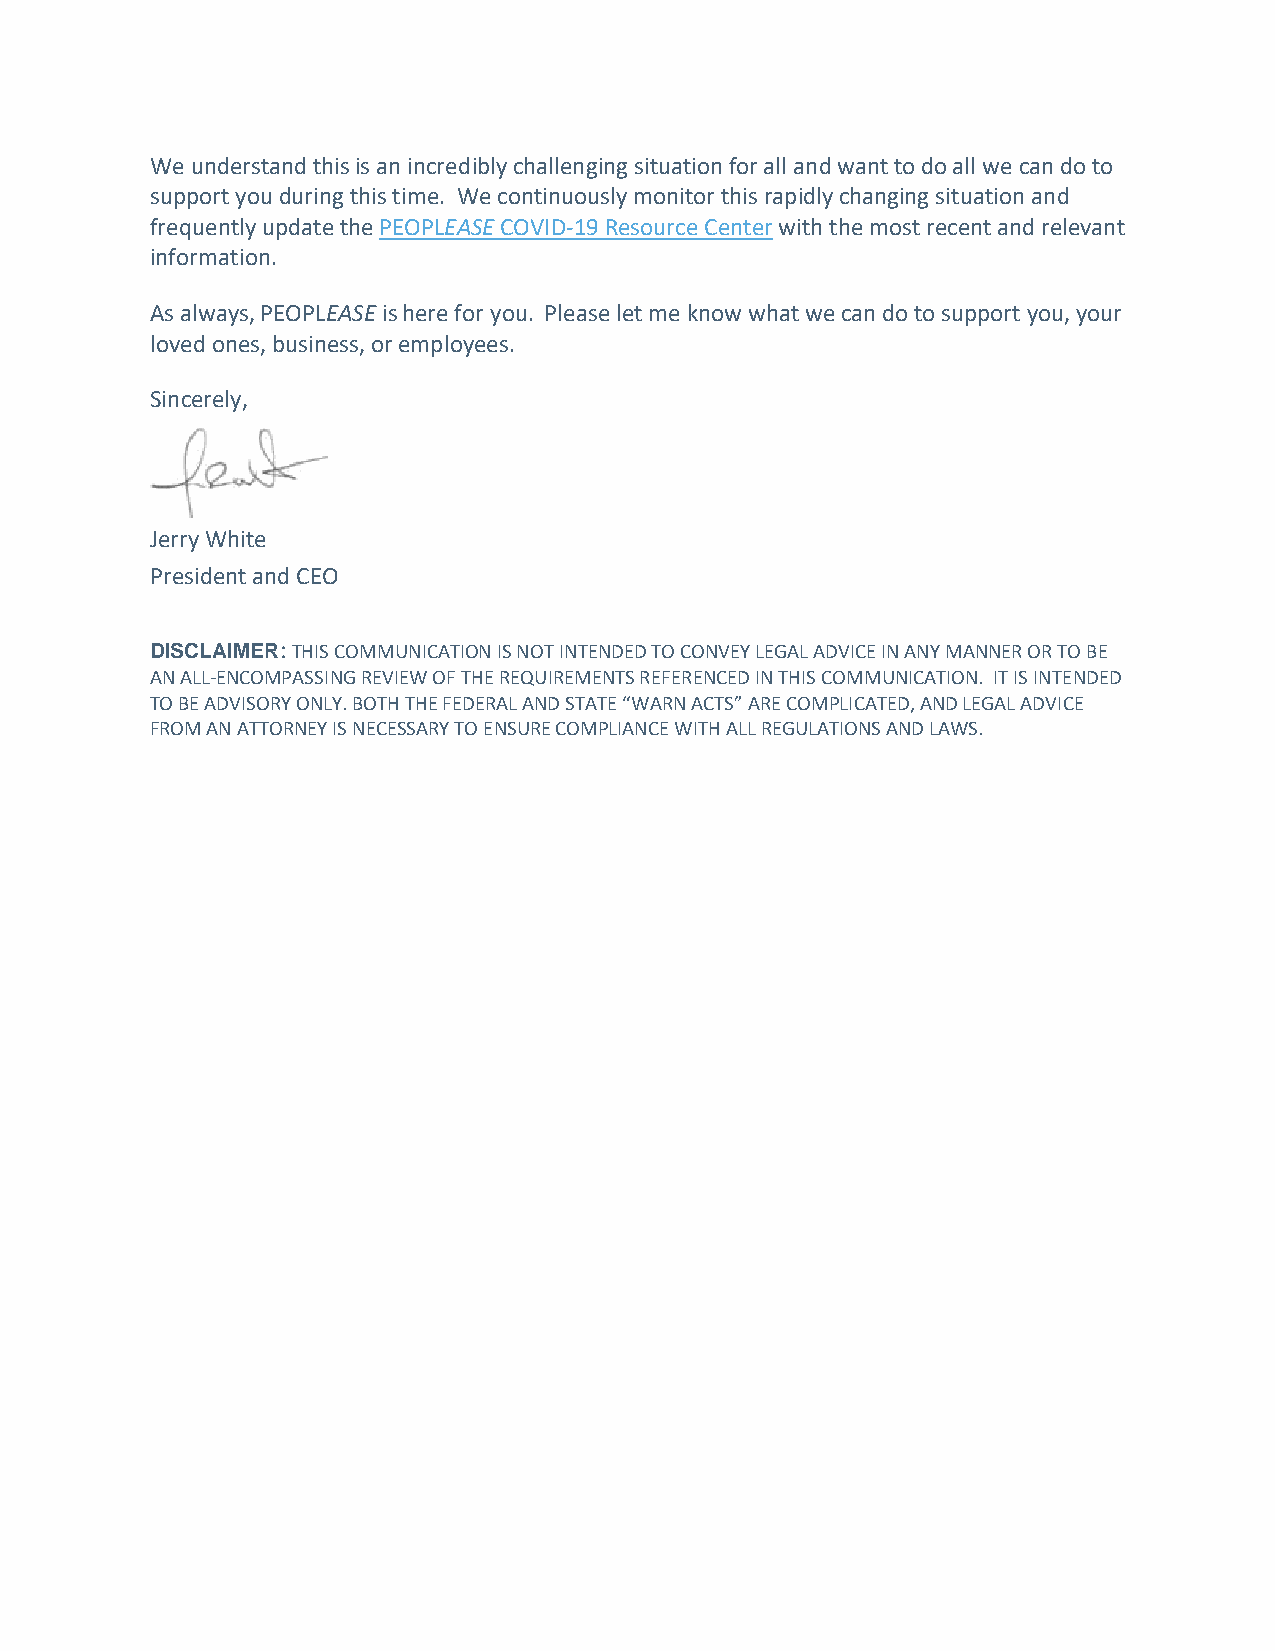
We understand this is an incredibly challenging situation for all and want to do all we can do to
 support you during this time. We continuously monitor this rapidly changing situation and
 frequently update the PEOPLEASE COVID-19 Resource Center with the most recent and relevant
 information.
 As always, PEOPLEASE is here for you. Please let me know what we can do to support you, your
 loved ones, business, or employees.
 Sincerely,
 Jerry White
 President and CEO
 DISCLAIMER: THIS COMMUNICATION IS NOT INTENDED TO CONVEY LEGAL ADVICE IN ANY MANNER OR TO BE
 AN ALL-ENCOMPASSING REVIEW OF THE REQUIREMENTS REFERENCED IN THIS COMMUNICATION. IT IS INTENDED
 TO BE ADVISORY ONLY. BOTH THE FEDERAL AND STATE “WARN ACTS” ARE COMPLICATED, AND LEGAL ADVICE
 FROM AN ATTORNEY IS NECESSARY TO ENSURE COMPLIANCE WITH ALL REGULATIONS AND LAWS.